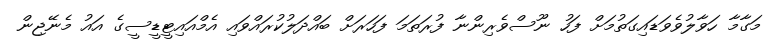
މަގާމާ ހަވާލުވެވަޑައިގަތުމަށް ފަހު ނޫސްވެރިންނާ ފުރަތަމަ ފަހަރަށް ބައްދަލުކުރައްވައި އެމްއައިޓީޑީސީގެ އައު މެނޭޖިން